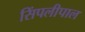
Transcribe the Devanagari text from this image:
सिंपलीपाल